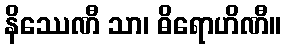
နိဿေဏီ သာ၊ ဓိရောဟိဏီ။